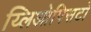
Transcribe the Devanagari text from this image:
य्लिओपिसटो